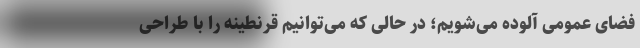
فضای عمومی آلوده می‌شویم؛ در حالی که می‌توانیم قرنطینه را با طراحی